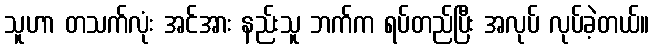
သူဟာ တသက်လုံး အင်အား နည်းသူ ဘက်က ရပ်တည်ပြီး အလုပ် လုပ်ခဲ့တယ်။